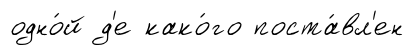
одно́й д'е како́го поста́вл'ен